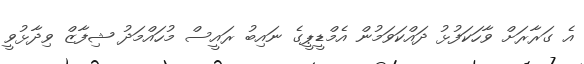
އެ ގަރާރަށް ވާހަކަފުޅު ދައްކަވަމުން އެމްޑީޕީގެ ނައިބު ރައީސް މުހައްމަދު ޝިފާޒް ވިދާޅުވީ